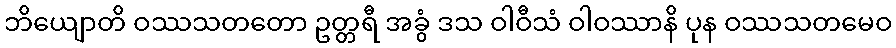
ဘိယျောတိ ဝဿသတတော ဥတ္တရီ အခွံ ဒသ ဝါဝီသံ ဝါဝဿာနိ ပုန ဝဿသတမေဝ